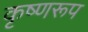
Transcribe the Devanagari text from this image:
कृष्णरूप